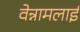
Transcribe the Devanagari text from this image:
वेन्नामलाई